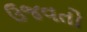
ઉજવતો